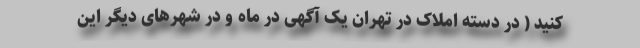
کنید ( در دسته املاک در تهران یک آگهی در ماه و در شهرهای دیگر این